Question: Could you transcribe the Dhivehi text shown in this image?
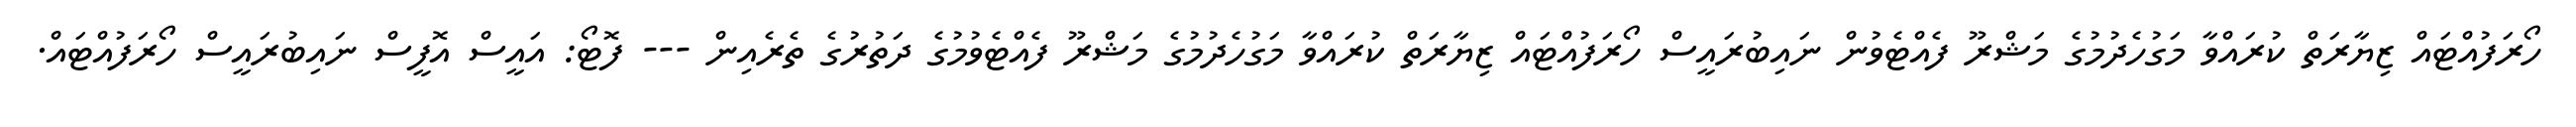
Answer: ހޯރަފުއްޓައް ޒިޔާރަތް ކުރައްވާ މަގުހެދުމުގެ މަޝްރޫ ފެއްޓެވުން ނައިބުރައީސް ހޯރަފުއްޓައް ޒިޔާރަތް ކުރައްވާ މަގުހެދުމުގެ މަޝްރޫ ފެއްޓެވުމުގެ ދަތުރުގެ ތެރެއިން --- ފޮޓޯ: އައީސް އޮފީސް ނައިބުރައީސް ހޯރަފުއްޓައް.